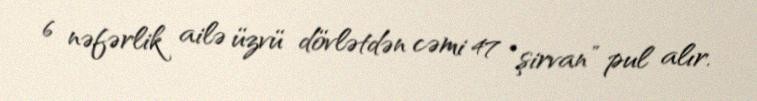
6 nəfərlik ailə üzvü dövlətdən cəmi 47 “şirvan” pul alır.